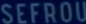
SEFROU